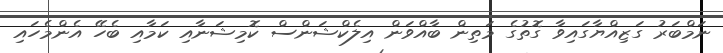
ނަމްބަރު ގަޒިއްޔާގައިވާ ގޮތުގެ މަތިން ބާއްވަން އިލެކްޝަންސް ކޮމިޝަނާއި ކަމާއި ބެހޭ އެންމެހައި